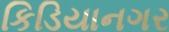
કિડિયાનગર